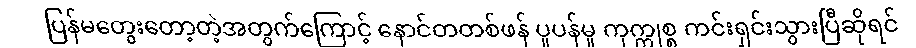
ပြန်မတွေးတော့တဲ့အတွက်ကြောင့် နောင်တတစ်ဖန် ပူပန်မှု ကုက္ကုစ္စ ကင်းရှင်းသွားပြီဆိုရင်